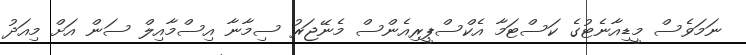
ނަމަވެސް މީޑިއާނެޓުގެ ކަސްޓަމާ އެކްސްޕީރިއެންސް މެނޭޖަރު ސިމާނާ އިސްމާއިލް ސަން އަށް މިއަދު